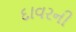
દાવરની